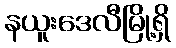
နယူးဒေလီမြို့ရှိ